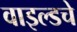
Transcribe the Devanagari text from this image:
वाइल्डचे